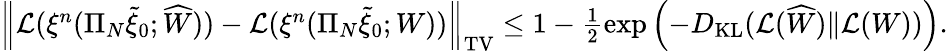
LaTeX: \begin{array}{r}{\left\| \mathcal{L}(\xi^{n}(\Pi_{N}\widetilde{\xi}_{0};\widehat{W}))-\mathcal{L}(\xi^{n}(\Pi_{N}\widetilde{\xi}_{0};W))\right\| _{\mathrm{TV}}\leq 1-\frac{1}{2}\exp\left(-D_{\mathrm{KL}}(\mathcal{L}(\widehat{W})\| \mathcal{L}(W))\right).}\end{array}